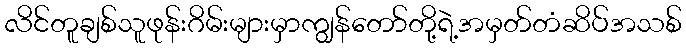
လိင်တူချစ်သူဖုန်းဂိမ်းများမှာကျွန်တော်တို့ရဲ့အမှတ်တံဆိပ်အသစ်